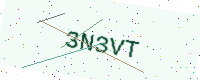
Text: 3N3VT